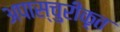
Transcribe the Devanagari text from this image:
अपास्चुरीकृत